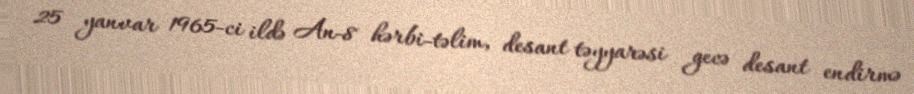
25 yanvar 1965-ci ildə An-8 hərbi-təlim, desant təyyarəsi gecə desant endirmə